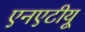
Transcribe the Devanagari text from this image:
एनएटीयू